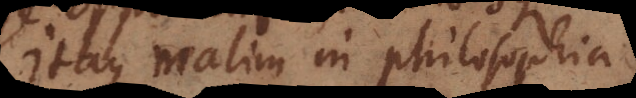
Itaque malim in philosophia